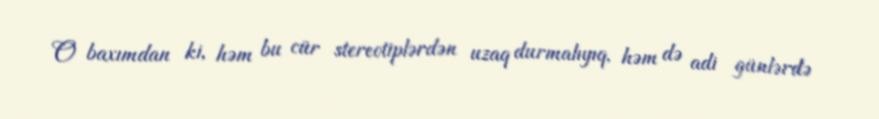
O baxımdan ki, həm bu cür stereotiplərdən uzaq durmalıyıq, həm də adi günlərdə